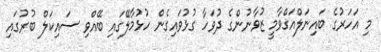
މި އަހަރުގެ ބައިނަލްއަގްވާމީ ޒުވާނުންގެ ދުވަހާ ގުޅުވައިގެން ހުޅުމާލޭގައި ބޭއްވި ސައިކަލް ބުރުގައި